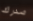
صدرك